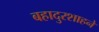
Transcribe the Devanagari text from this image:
बहादुरशाहने